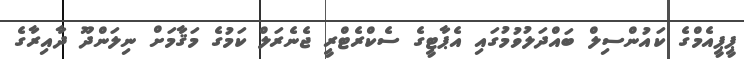
ޕީޕީއެމްގެ ކައުންސިލް ބައްދަލުވުމުގައި އެޕާޓީގެ ސެކްރެޓްރީ ޖެނެރަލް ކަމުގެ މަޤާމަށް ނިލަންދޫ ދާއިރާގެ